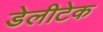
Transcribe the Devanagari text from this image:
डेलीटेक